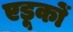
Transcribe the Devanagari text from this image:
एडूकों